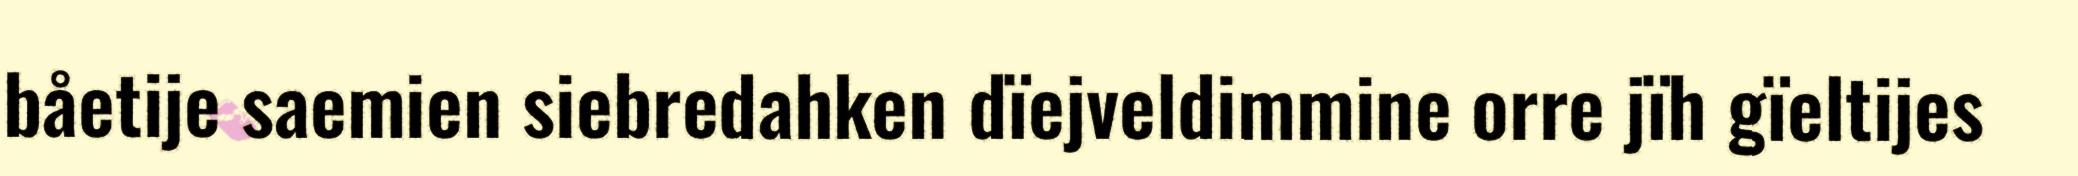
båetije saemien siebredahken dïejveldimmine orre jïh gïeltijes